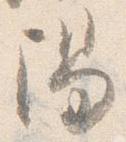
陽